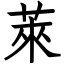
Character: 萊